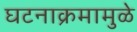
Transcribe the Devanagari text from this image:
घटनाक्रमामुळे